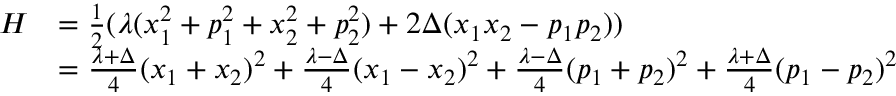
\begin{array} { r l } { H } & { = \frac { 1 } { 2 } ( \lambda ( x _ { 1 } ^ { 2 } + p _ { 1 } ^ { 2 } + x _ { 2 } ^ { 2 } + p _ { 2 } ^ { 2 } ) + 2 \Delta ( x _ { 1 } x _ { 2 } - p _ { 1 } p _ { 2 } ) ) } \\ & { = \frac { \lambda + \Delta } { 4 } ( x _ { 1 } + x _ { 2 } ) ^ { 2 } + \frac { \lambda - \Delta } { 4 } ( x _ { 1 } - x _ { 2 } ) ^ { 2 } + \frac { \lambda - \Delta } { 4 } ( p _ { 1 } + p _ { 2 } ) ^ { 2 } + \frac { \lambda + \Delta } { 4 } ( p _ { 1 } - p _ { 2 } ) ^ { 2 } } \end{array}